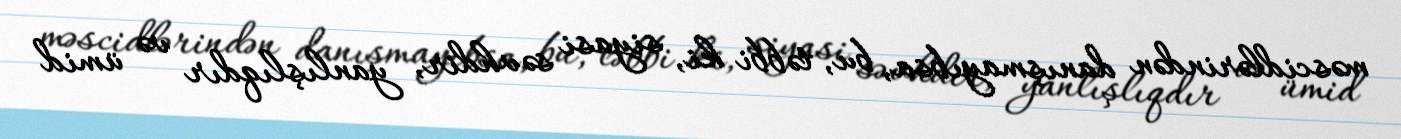
məscidlərindən danışmayıbsa, bu, təbbi ki, siyasi səvhdir, yanlışlıqdır və ümid